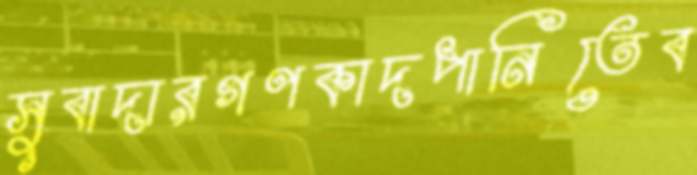
সুবাদারগণকাদপানিতেব